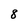
Character: 8